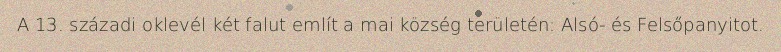
A 13. századi oklevél két falut említ a mai község területén: Alsó- és Felsőpanyitot.